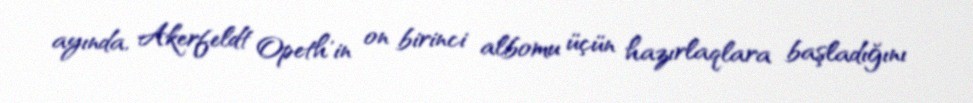
ayında, Akerfeldt Opeth'in on birinci albomu üçün hazırlaqlara başladığını